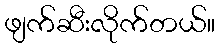
ဖျက်ဆီးလိုက်တယ်။